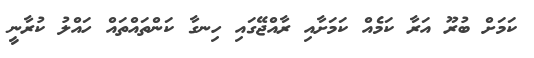
ކަމަށް ބުރޫ އަރާ ކަމެއް ކަމަށާއި ރާއްޖޭގައި ހިނގާ ކަންތައްތައް ހައްލު ކުރާނީ